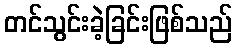
တင်သွင်းခဲ့ခြင်းဖြစ်သည်